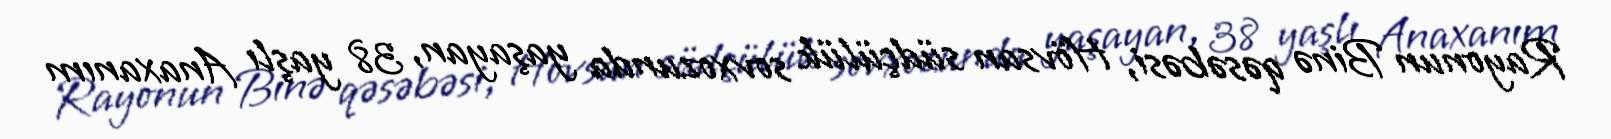
Rayonun Binə qəsəbəsi, Hövsan südçülük sovxozunda yaşayan, 38 yaşlı Anaxanım